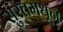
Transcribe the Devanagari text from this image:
सुरतमधून